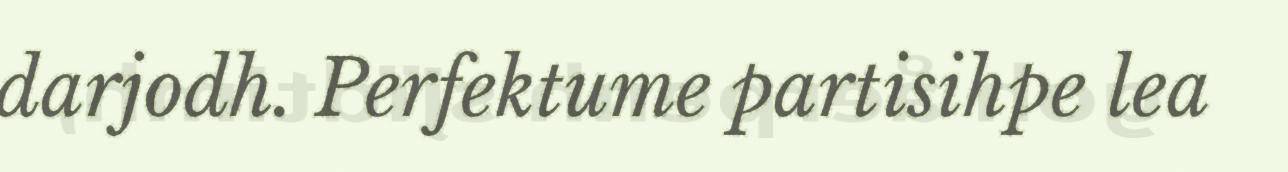
darjodh. Perfektume partisihpe lea